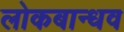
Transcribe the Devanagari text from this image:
लोकबान्धव